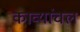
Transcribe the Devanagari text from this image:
काव्यांचल